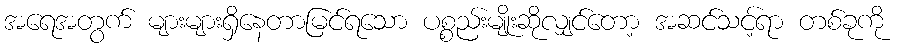
အရေအတွက် များများရှိနေတာမြင်ရသော ပစ္စည်းမျိုးဆိုလျှင်တော့ အဆင်သင့်ရာ တစ်ခုကို